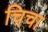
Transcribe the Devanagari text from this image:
चिचा